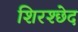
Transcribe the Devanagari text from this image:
शिरश्छेद